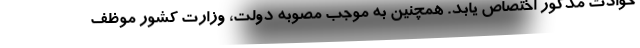
حوادث مذکور اختصاص یابد. همچنین به موجب مصوبه دولت، وزارت کشور موظف